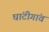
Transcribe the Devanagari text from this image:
घांटीगांव